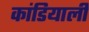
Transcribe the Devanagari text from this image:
कांडियाली